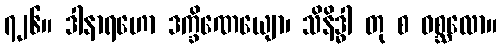
၇၂၆။ ဒါနာရဟော ဒက္ခိဏေယျော၊ သိနိဒ္ဓါ တု စ ဝစ္ဆလော။